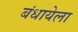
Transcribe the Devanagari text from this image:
बंधायेला